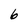
Character: 6